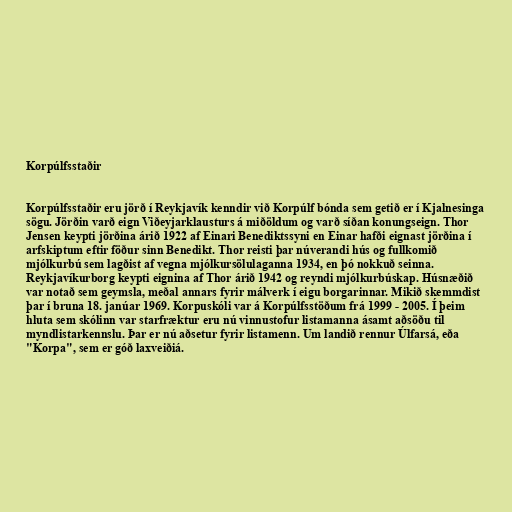
Korpúlfsstaðir

Korpúlfsstaðir eru jörð í Reykjavík kenndir við Korpúlf bónda sem getið er í Kjalnesinga
sögu. Jörðin varð eign Viðeyjarklausturs á miðöldum og varð síðan konungseign. Thor
Jensen keypti jörðina árið 1922 af Einari Benediktssyni en Einar hafði eignast jörðina í
arfskiptum eftir föður sinn Benedikt. Thor reisti þar núverandi hús og fullkomið
mjólkurbú sem lagðist af vegna mjólkursölulaganna 1934, en þó nokkuð seinna.
Reykjavíkurborg keypti eignina af Thor árið 1942 og reyndi mjólkurbúskap. Húsnæðið
var notað sem geymsla, meðal annars fyrir málverk í eigu borgarinnar. Mikið skemmdist
þar í bruna 18. janúar 1969. Korpuskóli var á Korpúlfsstöðum frá 1999 - 2005. Í þeim
hluta sem skólinn var starfræktur eru nú vinnustofur listamanna ásamt aðsöðu til
myndlistarkennslu. Þar er nú aðsetur fyrir listamenn. Um landið rennur Úlfarsá, eða
"Korpa", sem er góð laxveiðiá.